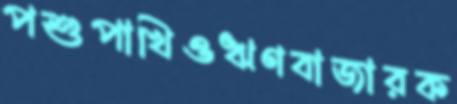
পশুপাখিওঋণবাজারক